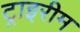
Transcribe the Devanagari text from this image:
ट्राइरीम